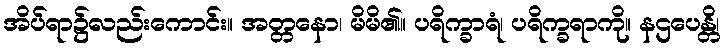
အိပ်ရာ၌လည်းကောင်း။ အတ္တနော၊ မိမိ၏။ ပရိက္ခာရံ၊ ပရိက္ခရာကို။ နဌပေန္တိ၊